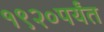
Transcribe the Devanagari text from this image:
१९२०पर्यंत